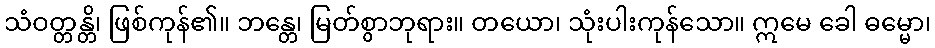
သံဝတ္တန္တိ၊ ဖြစ်ကုန်၏။ ဘန္တေ၊ မြတ်စွာဘုရား။ တယော၊ သုံးပါးကုန်သော။ ဣမေ ခေါ ဓမ္မော၊